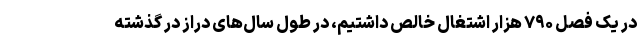
در یک فصل ۷۹۰ هزار اشتغال خالص داشتیم، در طول سال‌های دراز در گذشته